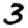
Digit: 3